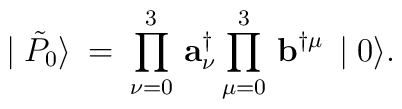
\mid \tilde{P}_{0} \rangle \:=\:\prod_{\nu =0}^{3}\, {\mathbf a}^{\dagger}_{\nu}\prod_{\mu =0}^{3}\, {\mathbf b}^{\dagger\mu}\, \mid 0 \rangle.